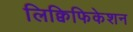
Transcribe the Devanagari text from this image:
लिक्विफिकेशन